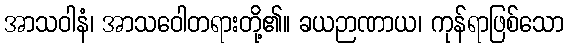
အာသဝါနံ၊ အာသဝေါတရားတို့၏။ ခယဉာဏာယ၊ ကုန်ရာဖြစ်သော